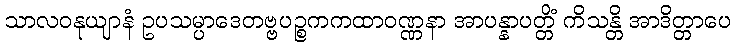
သာလဝနုယျာနံ ဥပသမ္ပာဒေတဗ္ဗပဉ္စကကထာဝဏ္ဏနာ အာပန္နာပတ္တိံ ကိသန္တိ အာဒိတ္တာပေ